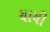
યાચી